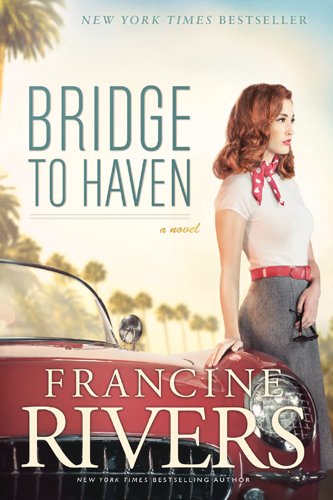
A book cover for Bridge to Haven; Francine Rivers; Literature & Fiction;